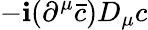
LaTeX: -\mathbf{i}(\partial^{\mu}{\bar{{c}}})D_{\mu}c